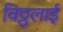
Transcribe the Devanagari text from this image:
विठ्ठलाई